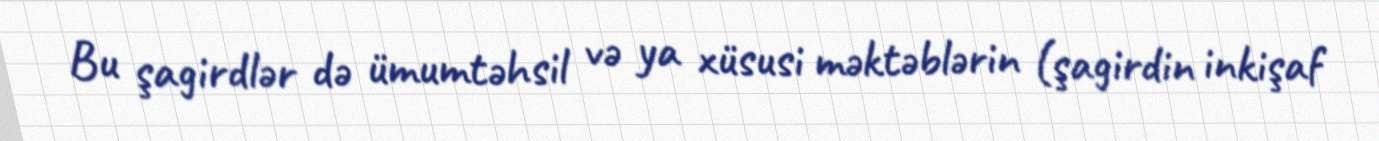
Bu şagirdlər də ümumtəhsil və ya xüsusi məktəblərin (şagirdin inkişaf